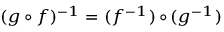
\scriptstyle ( g \, \circ \, f ) ^ { - 1 } \; = \; ( f ^ { - 1 } ) \, \circ \, ( g ^ { - 1 } )